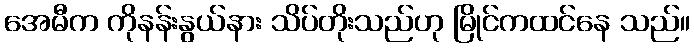
အေမီက ကိုနန်းနွယ်နား သိပ်တိုးသည်ဟု မြိုင်ကထင်နေ သည်။